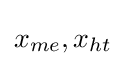
x_{me},x_{ht}